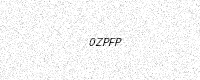
Text: 0ZPFP